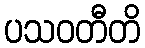
ပသဝတီတိ